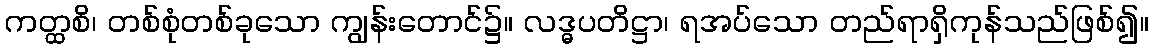
ကတ္ထစိ၊ တစ်စုံတစ်ခုသော ကျွန်းတောင်၌။ လဒ္ဓပတိဋ္ဌာ၊ ရအပ်သော တည်ရာရှိကုန်သည်ဖြစ်၍။